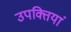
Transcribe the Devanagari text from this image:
उपक्तियां